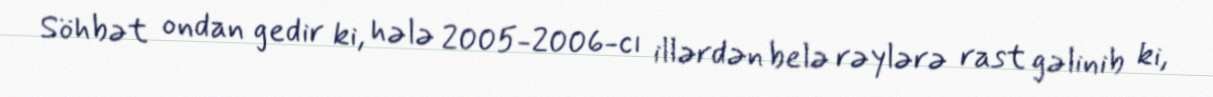
Söhbət ondan gedir ki, hələ 2005-2006-cı illərdən belə rəylərə rast gəlinib ki,